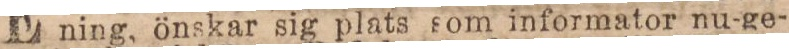
ning, önskar sig plats som informator nu-ge-